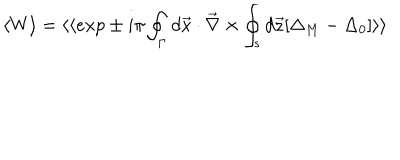
LaTeX: \langle W \rangle = \langle \langle e x p \pm i \pi \oint _ { \Gamma } d \vec { x } \cdot \vec { \nabla } \times \oint _ { s } d \vec { z } [ \Delta _ { M } - \Delta _ { 0 } ] \rangle \rangle